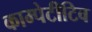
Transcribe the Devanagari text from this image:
काम्पेटीटिव